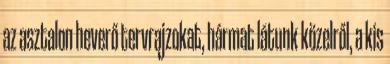
az asztalon heverő tervrajzokat, hármat látunk közelről, a kis